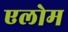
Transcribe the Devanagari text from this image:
एलोम